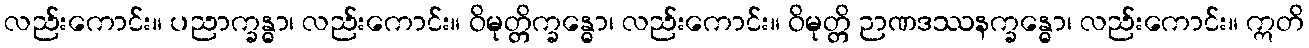
လည်းကောင်း။ ပညာက္ခန္ဓာ၊ လည်းကောင်း။ ဝိမုတ္တိက္ခန္ဓော၊ လည်းကောင်း။ ဝိမုတ္တိ ဉာဏဒဿနက္ခန္ဓော၊ လည်းကောင်း။ ဣတိ